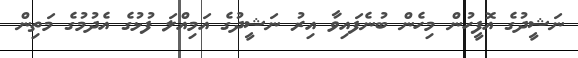
ނަޝީދުގެ އޮފީހުން މިހެން ބުނެފައިވާ އިރު ނަޝީދުގެ އަމިއްލަ ފުޅުގެ އެދުމުގެ މަތިން